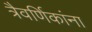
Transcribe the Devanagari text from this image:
त्रैवर्णिकांना